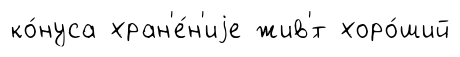
ко́нуса хран'е́н'иjе жив'́т хоро́ший